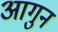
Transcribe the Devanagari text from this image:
आगुन